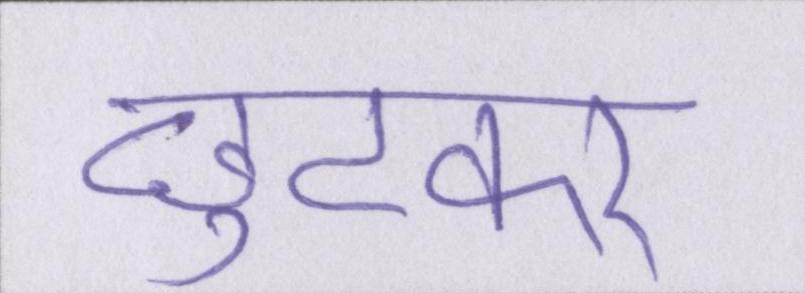
छुटकर